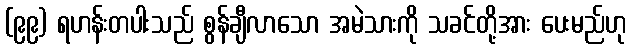
(၉၉) ရဟန်းတပါးသည် စွန်ချီလာသော အမဲသားကို သခင်တို့အား ပေးမည်ဟု